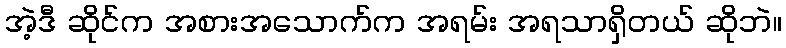
အဲ့ဒီ ဆိုင်က အစားအသောက်က အရမ်း အရသာရှိတယ် ဆိုဘဲ။